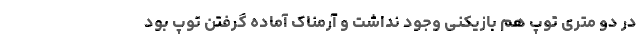
در دو متری توپ هم بازیکنی وجود نداشت و آرمناک آماده گرفتن توپ بود